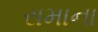
રામાના